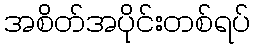
အစိတ်အပိုင်းတစ်ရပ်